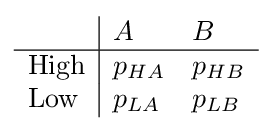
{\begin{array}{l|ll}&A&B\\\hline {\text{High}}&p_{HA}&p_{HB}\\{\text{Low}}&p_{LA}&p_{LB}\end{array}}